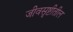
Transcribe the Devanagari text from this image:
जीवसृष्टीतील